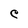
Character: C